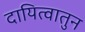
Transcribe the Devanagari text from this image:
दायित्वातुन